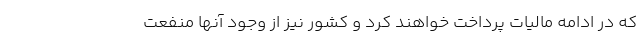
که در ادامه مالیات پرداخت خواهند کرد و کشور نیز از وجود آنها منفعت